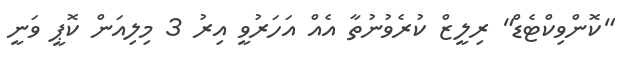
"ކޮންވިކްޓެޑް" ރިލީޒް ކުރެވުނުތާ އެއް އަހަރުވީ އިރު 3 މިލިއަން ކޮޕީ ވަނީ